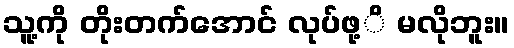
သူ့ကို တိုးတက်အောင် လုပ်ဖု့ိ မလိုဘူး။